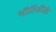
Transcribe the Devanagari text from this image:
भौतिकीके